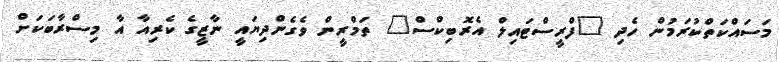
މަސައްކަތްކުރަމުން ހެދި "ފްރީސްޓައިލް އެރޮބިކްސް" ތަމްރީން ވެގެންދިޔައީ ނާޒީގެ ކެރިއާ އާ މިސްރާބަކަށް